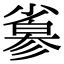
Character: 𢒮